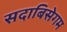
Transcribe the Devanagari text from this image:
सदाबिसेगम